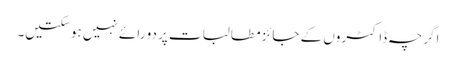
اگرچہ ڈاکٹروں کے جائز مطالبات پر دو رائے نہیں ہو سکتیں۔